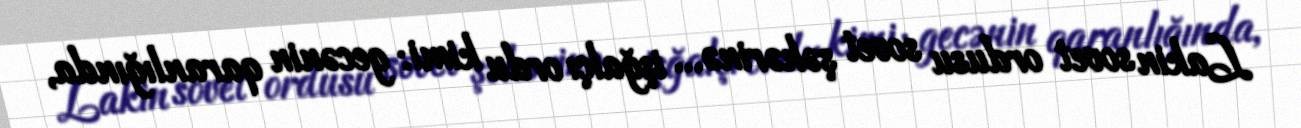
Lakin sovet ordusu sovet şəhərinə... işğalçı ordu kimi: gecənin qaranlığında,